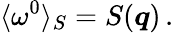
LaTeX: \langle\omega^{0}\rangle_{S}=S(\boldsymbol{q})\, .